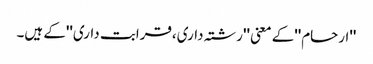
''ارحام''کے معنی ''رشتہ داری،قرابت داری''کے ہیں۔